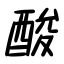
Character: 酸